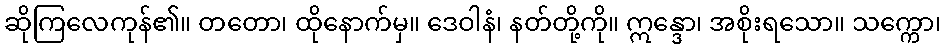
ဆိုကြလေကုန်၏။ တတော၊ ထိုနောက်မှ။ ဒေဝါနံ၊ နတ်တို့ကို။ ဣန္ဒော၊ အစိုးရသော။ သက္ကော၊